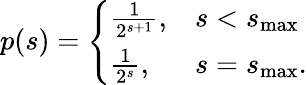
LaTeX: p(s)=\left\{ \begin{array}{ll}{\frac{1}{2^{s+1}},}&{s<s_{\mathrm{max}}}\\ {\frac{1}{2^{s}},}&{s=s_{\mathrm{max}}.}\end{array}\right.